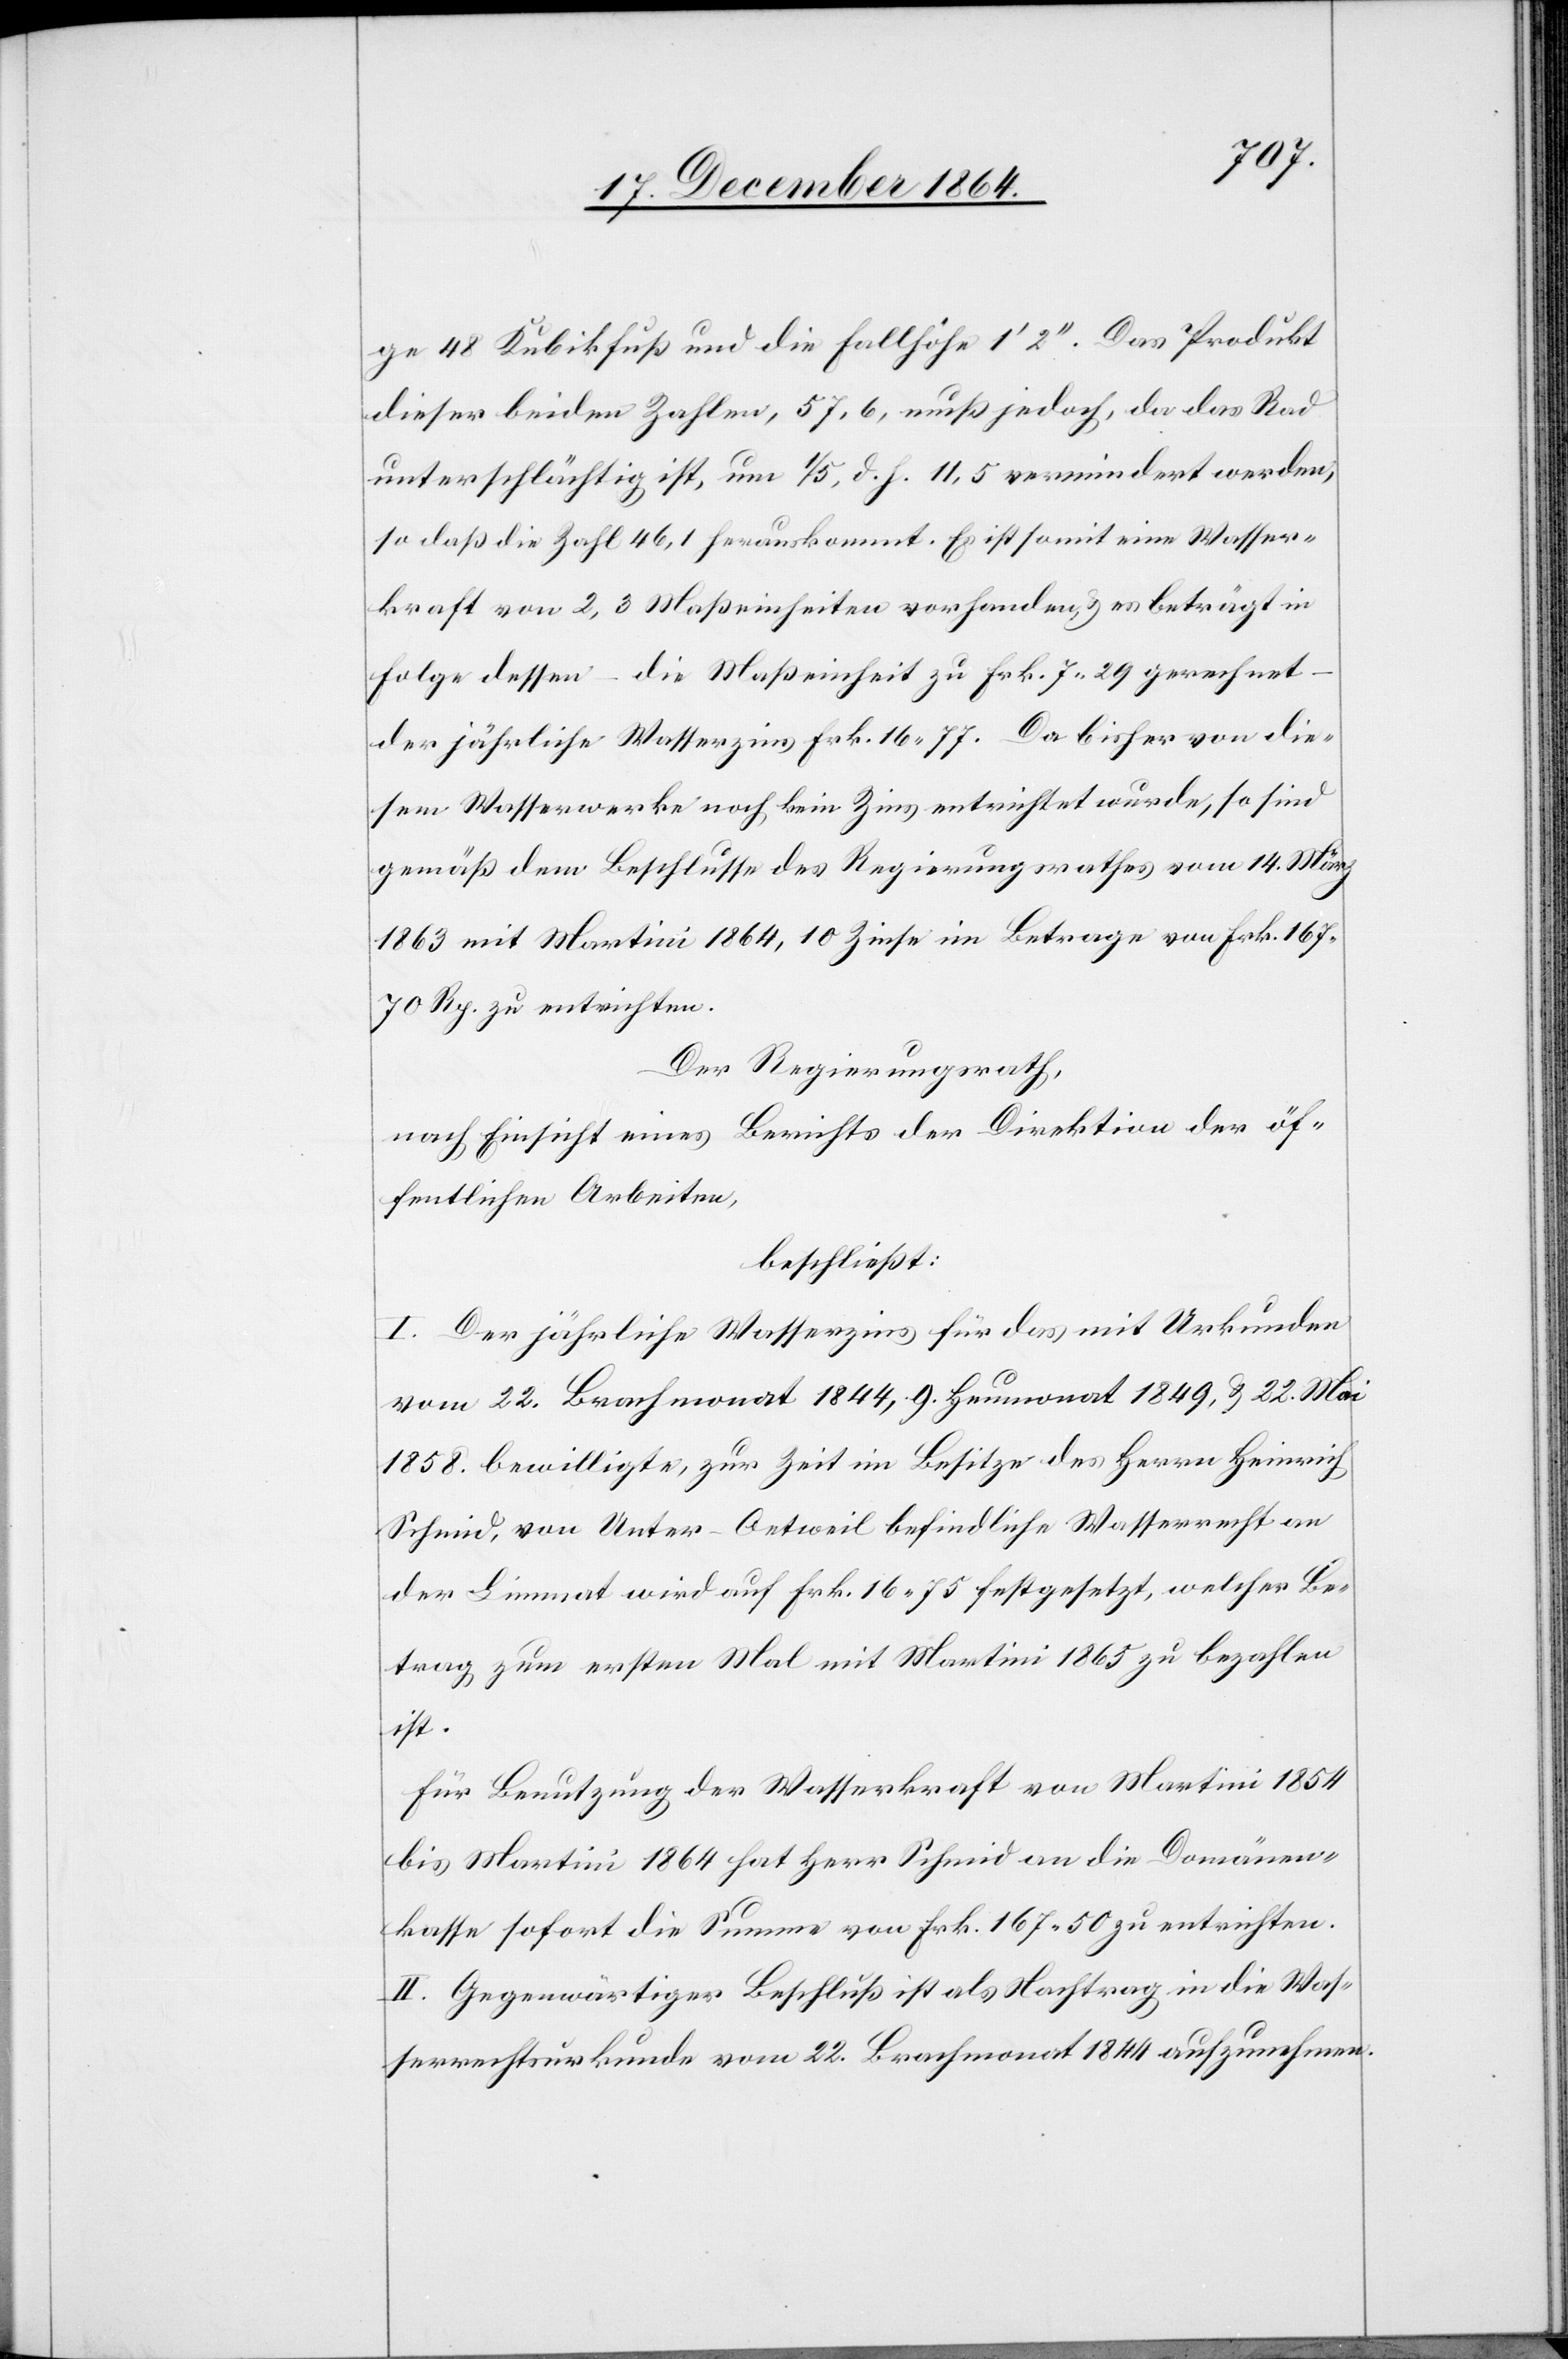
ge 48 Kubikfuß und die Fallhöhe 1’ 2’’. Das Produkt
dieser beiden Zahlen, 57,6, muß jedoch, da das Rad
unterschlächtig ist, um 1/5, d. h. 11,5 vermindert werden,
so daß die Zahl 46,1 herauskommt. Es ist somit eine Wasser¬
kraft von 2,3 Maßeinheiten vorhanden & es beträgt in
Folge dessen – die Maßeinheit zu Frk. 7.29 gerechnet
der jährliche Wasserzins Frk. 16.77. Da bisher von die¬
sem Wasserwerke noch kein Zins entrichtet wurde, so sind
gemäß dem Beschluße des Regierungsrathes vom 14. März
1863 mit Martini 1864, 10 Zinse im Betrage von Frk. 167.70
Rp. zu entrichten.
Der Regierungsrath,
nach Einsicht eines Berichtes der Direktion der öf¬
fentlichen Arbeiten,
beschließt:
I. Der jährliche Wasserzins für das mit Urkunden
vom 22. Brachmonat 1844, 9. Heumonat 1849 & 22. Mai
1858 bewilligte, zur Zeit im Besitze des Herrn Heinrich
Schmid, von Unter-Oetweil befindliche Wasserrecht an
der Limmat wird auf Frk. 16.75 festgesetzt, welcher Be¬
trag zum ersten Mal mit Martini 1865 zu bezahlen
ist.
Für Benutzung der Wasserkraft von Martini 1854
bis Martini 1864 hat Herr Schmid an die Domänen¬
kasse sofort die Summe von 167.50 zu entrichten.
II. Gegenwärtiger Beschluß ist als Nachtrag in die Was¬
serrechtsurkunde vom 22. Brachmonat 1844 aufzunehmen.